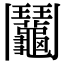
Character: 鬮